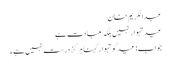
عبدالکریم خان
عید تہوار نہیں بلکہ عبادت ہے
جواب: عیدکو تہوار کہنا ہرگز درست نہیں ہے۔